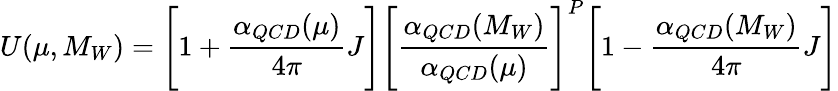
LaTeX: U(\mu,M_{W})=\Biggl\lbrack 1+{\frac{\alpha_{QCD}(\mu)}{4\pi}}J\Biggl\rbrack\Biggl\lbrack{\frac{\alpha_{QCD}(M_{W})}{\alpha_{QCD}(\mu)}}\Biggl\rbrack^{P}\Biggl\lbrack 1-{\frac{\alpha_{QCD}(M_{W})}{4\pi}}J\Biggl\rbrack